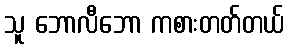
သူ ဘောလီဘော ကစားတတ်တယ်